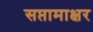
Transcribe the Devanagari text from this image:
सप्तामाक्षर